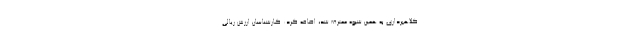
کلاهبرداری به همین شیوه معترف شد، اضافه کرد: کارشناسان ارزش ریالی